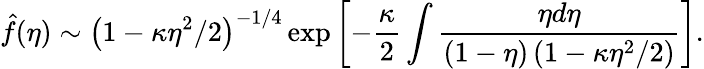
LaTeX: \hat{f}(\eta)\sim\left(1-\kappa\eta^{2}/2\right)^{-1/4}\exp\left[-\frac{\kappa}2\int\frac{\eta d\eta}{(1-\eta)\left(1-\kappa\eta^{2}/2\right)}\right].